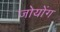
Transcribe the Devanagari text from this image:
जोयोंग